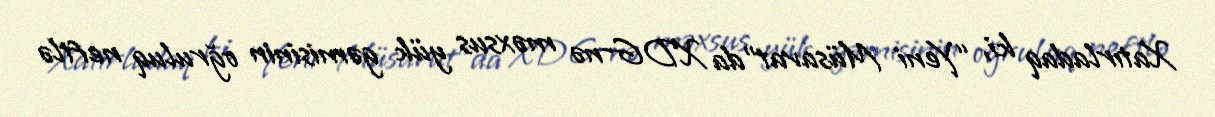
Xatırladaq ki, “Yeni Müsavat”da XDG-nə məxsus yük gəmisinin oğruluq neftlə